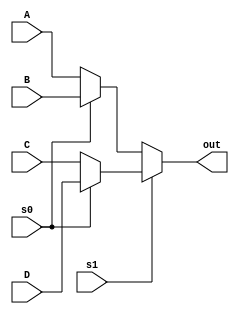
`timescale 1ns / 1ps
//////////////////////////////////////////////////////////////////////////////////
// Company: 
// Engineer: 
// 
// Design Name: 
// Module Name: mux41_dataflow
// Project Name: 
// Target Devices: 
// Tool Versions: 
// Description: 
// 
// Dependencies: 
// 
// Revision:
// Revision 0.01 - File Created
// Additional Comments:
// 
//////////////////////////////////////////////////////////////////////////////////

//dataflow model of the 4:1 multiplexer
module mux41_dataflow(input A, 
input B, 
input C, 
input D, 
input s0, s1,
output out );

assign out = s1 ? (s0 ? D : C) : (s0 ? B : A); 
endmodule